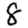
Digit: 8